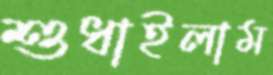
শুধাইলাম